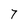
Character: 7